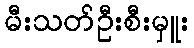
မီးသတ်ဦးစီးမှူး